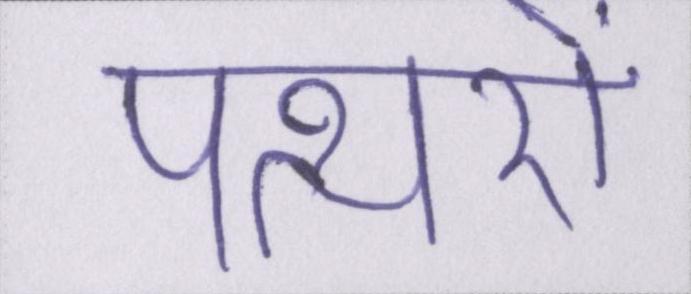
पत्थरों